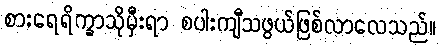
စားရေရိက္ခာသိုမှီးရာ စပါးကျီသဖွယ်ဖြစ်လာလေသည်။